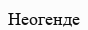
Неогенде